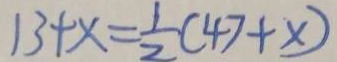
1 3 + x = \frac { 1 } { 2 } ( 4 7 + x )